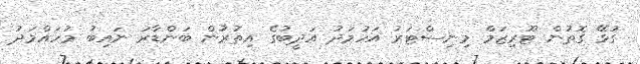
ގުޅޭ ގޮތުން ޓޫރިޒަމް މިނިސްޓަރު އަހުމަދު އަދީބުގެ އިތުރުން ބަންޑާރަ ނައިބު މުހައްމަދު